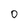
Character: 0